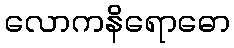
လောကနိရောဓော